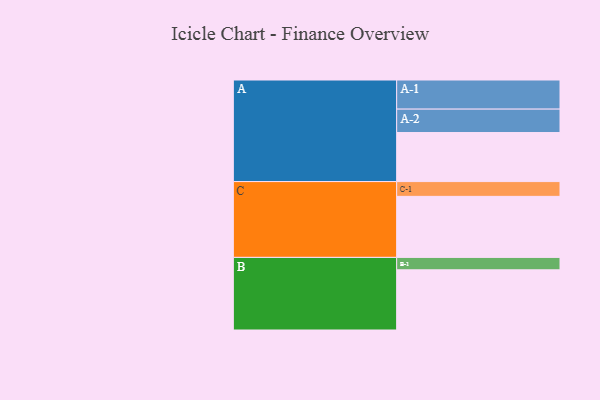
{"axis": {"x": "Segment", "y": "Value"}, "legend": ["", "A", "B", "C"], "data": [{"x": "A", "y": 352, "type": ""}, {"x": "B", "y": 432, "type": ""}, {"x": "C", "y": 438, "type": ""}, {"x": "A-1", "y": 209, "type": "A"}, {"x": "A-2", "y": 168, "type": "A"}, {"x": "B-1", "y": 89, "type": "B"}, {"x": "C-1", "y": 106, "type": "C"}]}